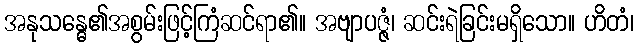
အနုသန္ဓေ၏အစွမ်းဖြင့်ကြံဆင်ရာ၏။ အဗျာပဇ္ဇံ၊ ဆင်းရဲခြင်းမရှိသော။ ဟိတံ၊